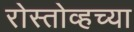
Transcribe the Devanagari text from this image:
रोस्तोव्हच्या